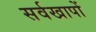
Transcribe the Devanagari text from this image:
सर्वखापों